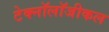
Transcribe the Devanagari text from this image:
टेक्नॉलॉजीकल